system: You are a helpful assistant.
user:
Analyze the provided spectrum to determine if it is a **"Cataclysmic Variables (CV)"**.

- **Key Indicators for CV (Check for either state):**
    - **State 1: Quiescent / Low-State (Emission-Dominated)**
        - **(Primary):** Strong and *very broad* Hydrogen Balmer emission lines (e.g., $H\alpha$ at 6563 Å, $H\beta$ at 4861 Å). The 'broadness' (high velocity dispersion, often FWHM > 1000 km/s) is the key diagnostic, indicating a high-velocity accretion disk.
        - **(Secondary):** Broad neutral Helium (He I) emission lines (e.g., 5876 Å, 6678 Å).
        - **(Key Confirmation):** Presence of high-excitation *ionized* Helium (He II) emission at 4686 Å. This is a strong indicator of accretion onto a white dwarf.
        - **(Line Profile):** Emission lines may exhibit a 'double-peaked' profile, which is a classic signature of a rotating accretion disk viewed at high inclination.

    - **State 2: Outburst / High-State (Absorption-Dominated)**
        - **(Primary):** Spectrum is dominated by a bright, blue continuum (looks like a hot star).
        - **(Secondary):** The emission lines from State 1 are weak, absent, or 'filled in', and are replaced by broad, shallow *absorption* lines (primarily Balmer and He I).
        - **(Morphology):** The overall spectrum mimics a hot B/A-type star. The crucial difference is that the absorption lines are significantly broader, shallower, and more 'washed-out' (or 'smeared') than the sharp lines of a normal stellar photosphere, due to high rotational speeds and pressure broadening in the disk.

Think first, call **spectral_visualization_tool** if needed to examine features in detail, then provide your final answer. Your response must adhere to the following strict rules:
1.  **Overall Structure:** Your response must follow the format `<think>...</think> <tool_call>...</tool_call> (if a tool is used) <answer>...</answer>`.
2.  **Tool Usage Constraint:** You may only make **one** tool call per turn.
3.  **Final Answer Format:** In the `<answer>` tag, your conclusion must be inside a `\boxed{}` command (e.g., `\boxed{YES}`), followed by your justification.

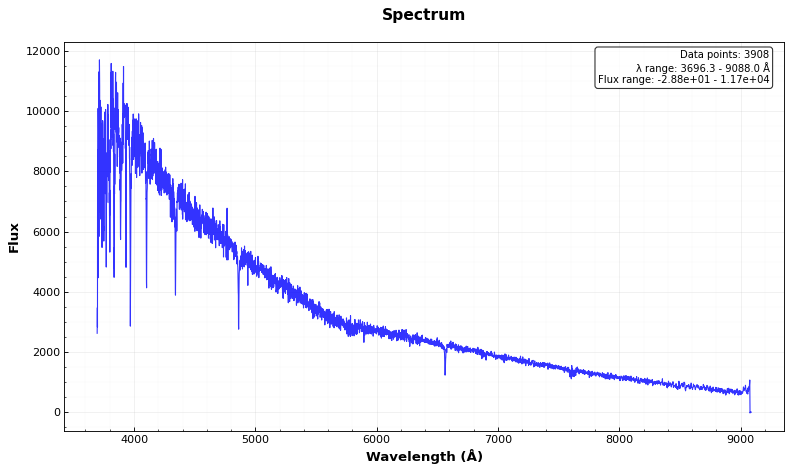
Answer: NO